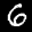
Label: 6